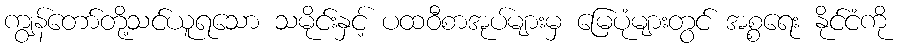
ကျွန်တော်တို့သင်ယူရသော သမိုင်းနှင့် ပထဝီစာအုပ်များမှ မြေပုံများတွင် အစ္စရေး နိုင်ငံကို